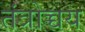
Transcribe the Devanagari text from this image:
तंत्रोच्चय